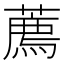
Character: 薦